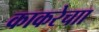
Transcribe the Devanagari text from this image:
काकरेचाा